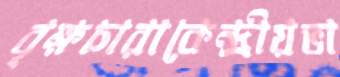
বৃক্ষচারাকেন্দ্রীয়ভা